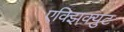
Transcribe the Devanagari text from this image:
एक्झिक्युट